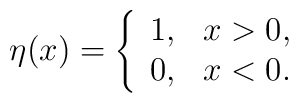
\eta(x)=\left\{\begin{array}{cc}1,&x>0,\\0,&x<0.\end{array}\right.